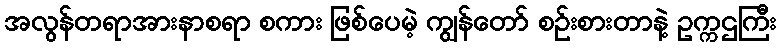
အလွန်တရာအားနာစရာ စကား ဖြစ်ပေမဲ့ ကျွန်တော် စဉ်းစားတာနဲ့ ဥက္ကဌကြီး